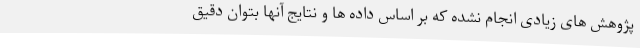
پژوهش های زیادی انجام نشده که بر اساس داده ها و نتایج آنها بتوان دقیق